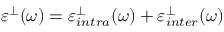
\varepsilon ^ { \bot } ( \omega ) = \varepsilon _ { i n t r a } ^ { \bot } ( \omega ) + \varepsilon _ { i n t e r } ^ { \bot } ( \omega )